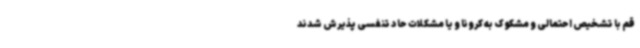
قم با تشخیص احتمالی و مشکوک به کرونا و یا مشکلات حاد تنفسی پذیرش شدند